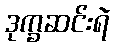
ဒုက္ခဆင်းရဲ